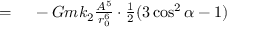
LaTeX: \begin{array} { r l } { = { } } & { { } - G m k _ { 2 } { \frac { A ^ { 5 } } { r _ { 0 } ^ { 6 } } } \cdot { \frac { 1 } { 2 } } ( 3 \cos ^ { 2 } \alpha - 1 ) } \end{array}